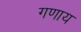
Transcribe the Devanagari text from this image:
गणाय